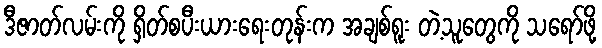
ဒီဇာတ်လမ်းကို ရှိတ်စပီးယားရေးတုန်းက အချစ်ရူး တဲ့သူတွေကို သရော်ဖို့